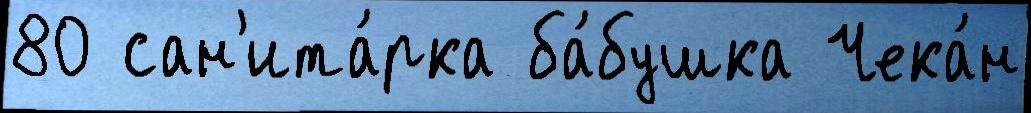
80 сан'ита́рка ба́бушка Чека́н